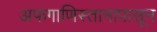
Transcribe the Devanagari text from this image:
अफगाणिस्तानापासून